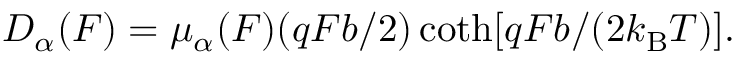
\begin{array} { r } { D _ { \alpha } ( F ) = \mu _ { \alpha } ( F ) ( q F b / 2 ) \coth [ q F b / ( 2 k _ { \mathrm { B } } T ) ] . } \end{array}